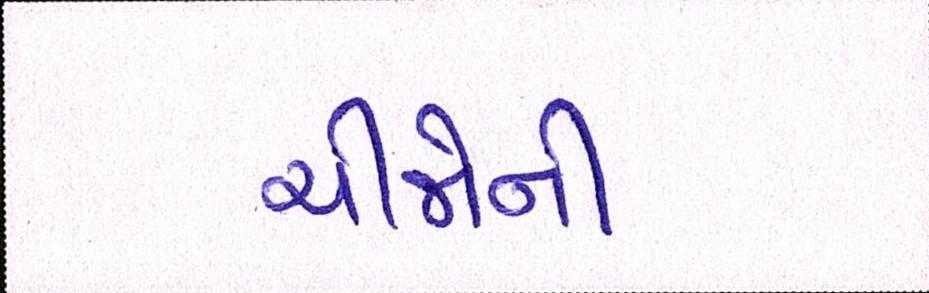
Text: ચીજોની